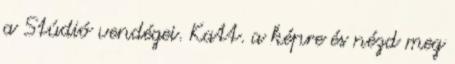
a Stúdió vendégei. Katt. a képre és nézd meg